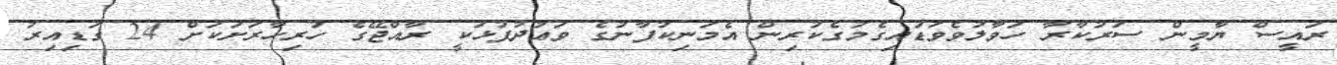
ރައީސް ޔާމީން ސަރުކާރާ ހަވާލުވެވަޑައިގެމުގެކުރިން އެމަނިކުފާނުގެ ވަޢުދުފުޅަކީ ރާއްޖޭގެ ހުރިހާރަށަކަށް 24 ގަޑިއިރު